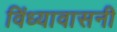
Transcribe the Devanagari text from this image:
विंध्यावासनी